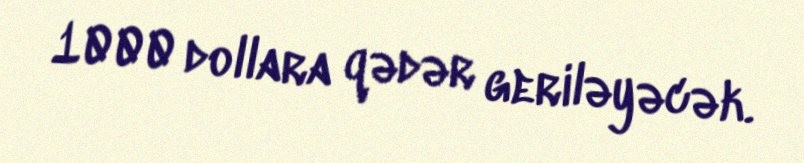
1000 dollara qədər geriləyəcək.